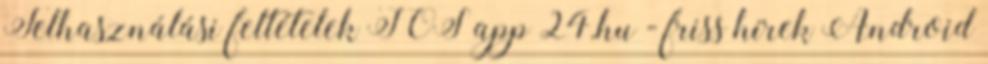
Felhasználási feltételek IOS app 24.hu - friss hírek Android